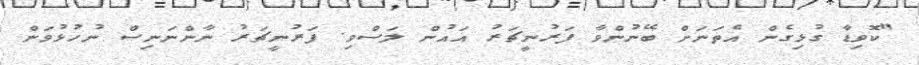
"ކޮވިޑާ ގުޅިގެން އެތަނަށް ބޭނުންވާ ފަރުނީޗަރު އައުން ލަސްވި. ފަރުނީޗަރު ނާންނަނިސް ނުހުޅުވަން